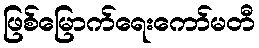
ဖြစ်မြောက်ရေးကော်မတီ